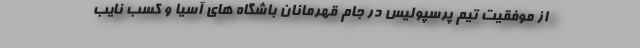
از موفقیت تیم پرسپولیس در جام قهرمانان باشگاه های آسیا و کسب نایب